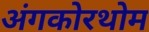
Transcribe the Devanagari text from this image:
अंगकोरथोम